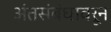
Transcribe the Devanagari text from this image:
अंतसंबंधावरून